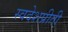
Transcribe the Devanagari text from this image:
स्वदेशप्रीती